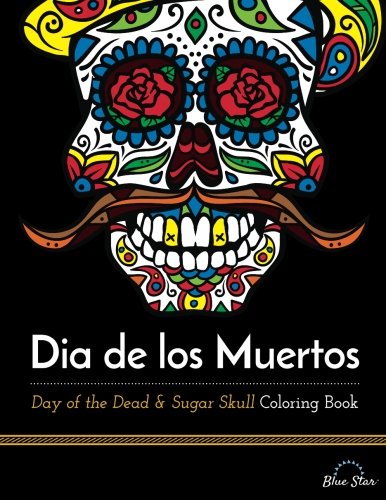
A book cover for Dia De Los Muertos: Day of the Dead and Sugar Skull Coloring Book; Blue Star Coloring; Humor & Entertainment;